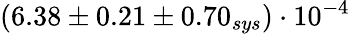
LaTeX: (6.38\pm 0.21\pm 0.70_{sys})\cdot 10^{-4}